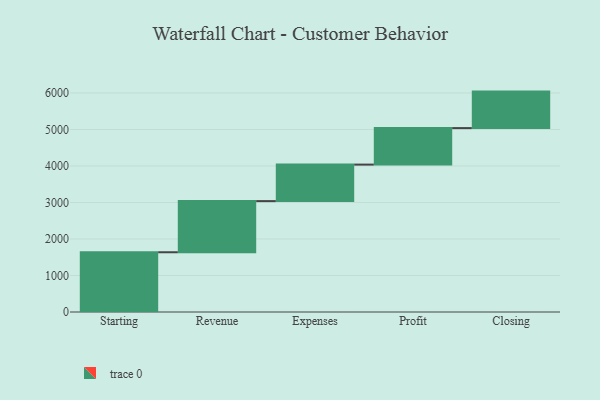
{"axis": {"x": "Step", "y": "Value"}, "legend": [""], "data": [{"x": "Starting", "y": 1637.0, "type": ""}, {"x": "Revenue", "y": 1401.0, "type": ""}, {"x": "Expenses", "y": 1000, "type": ""}, {"x": "Profit", "y": 1000, "type": ""}, {"x": "Closing", "y": 1000, "type": ""}]}